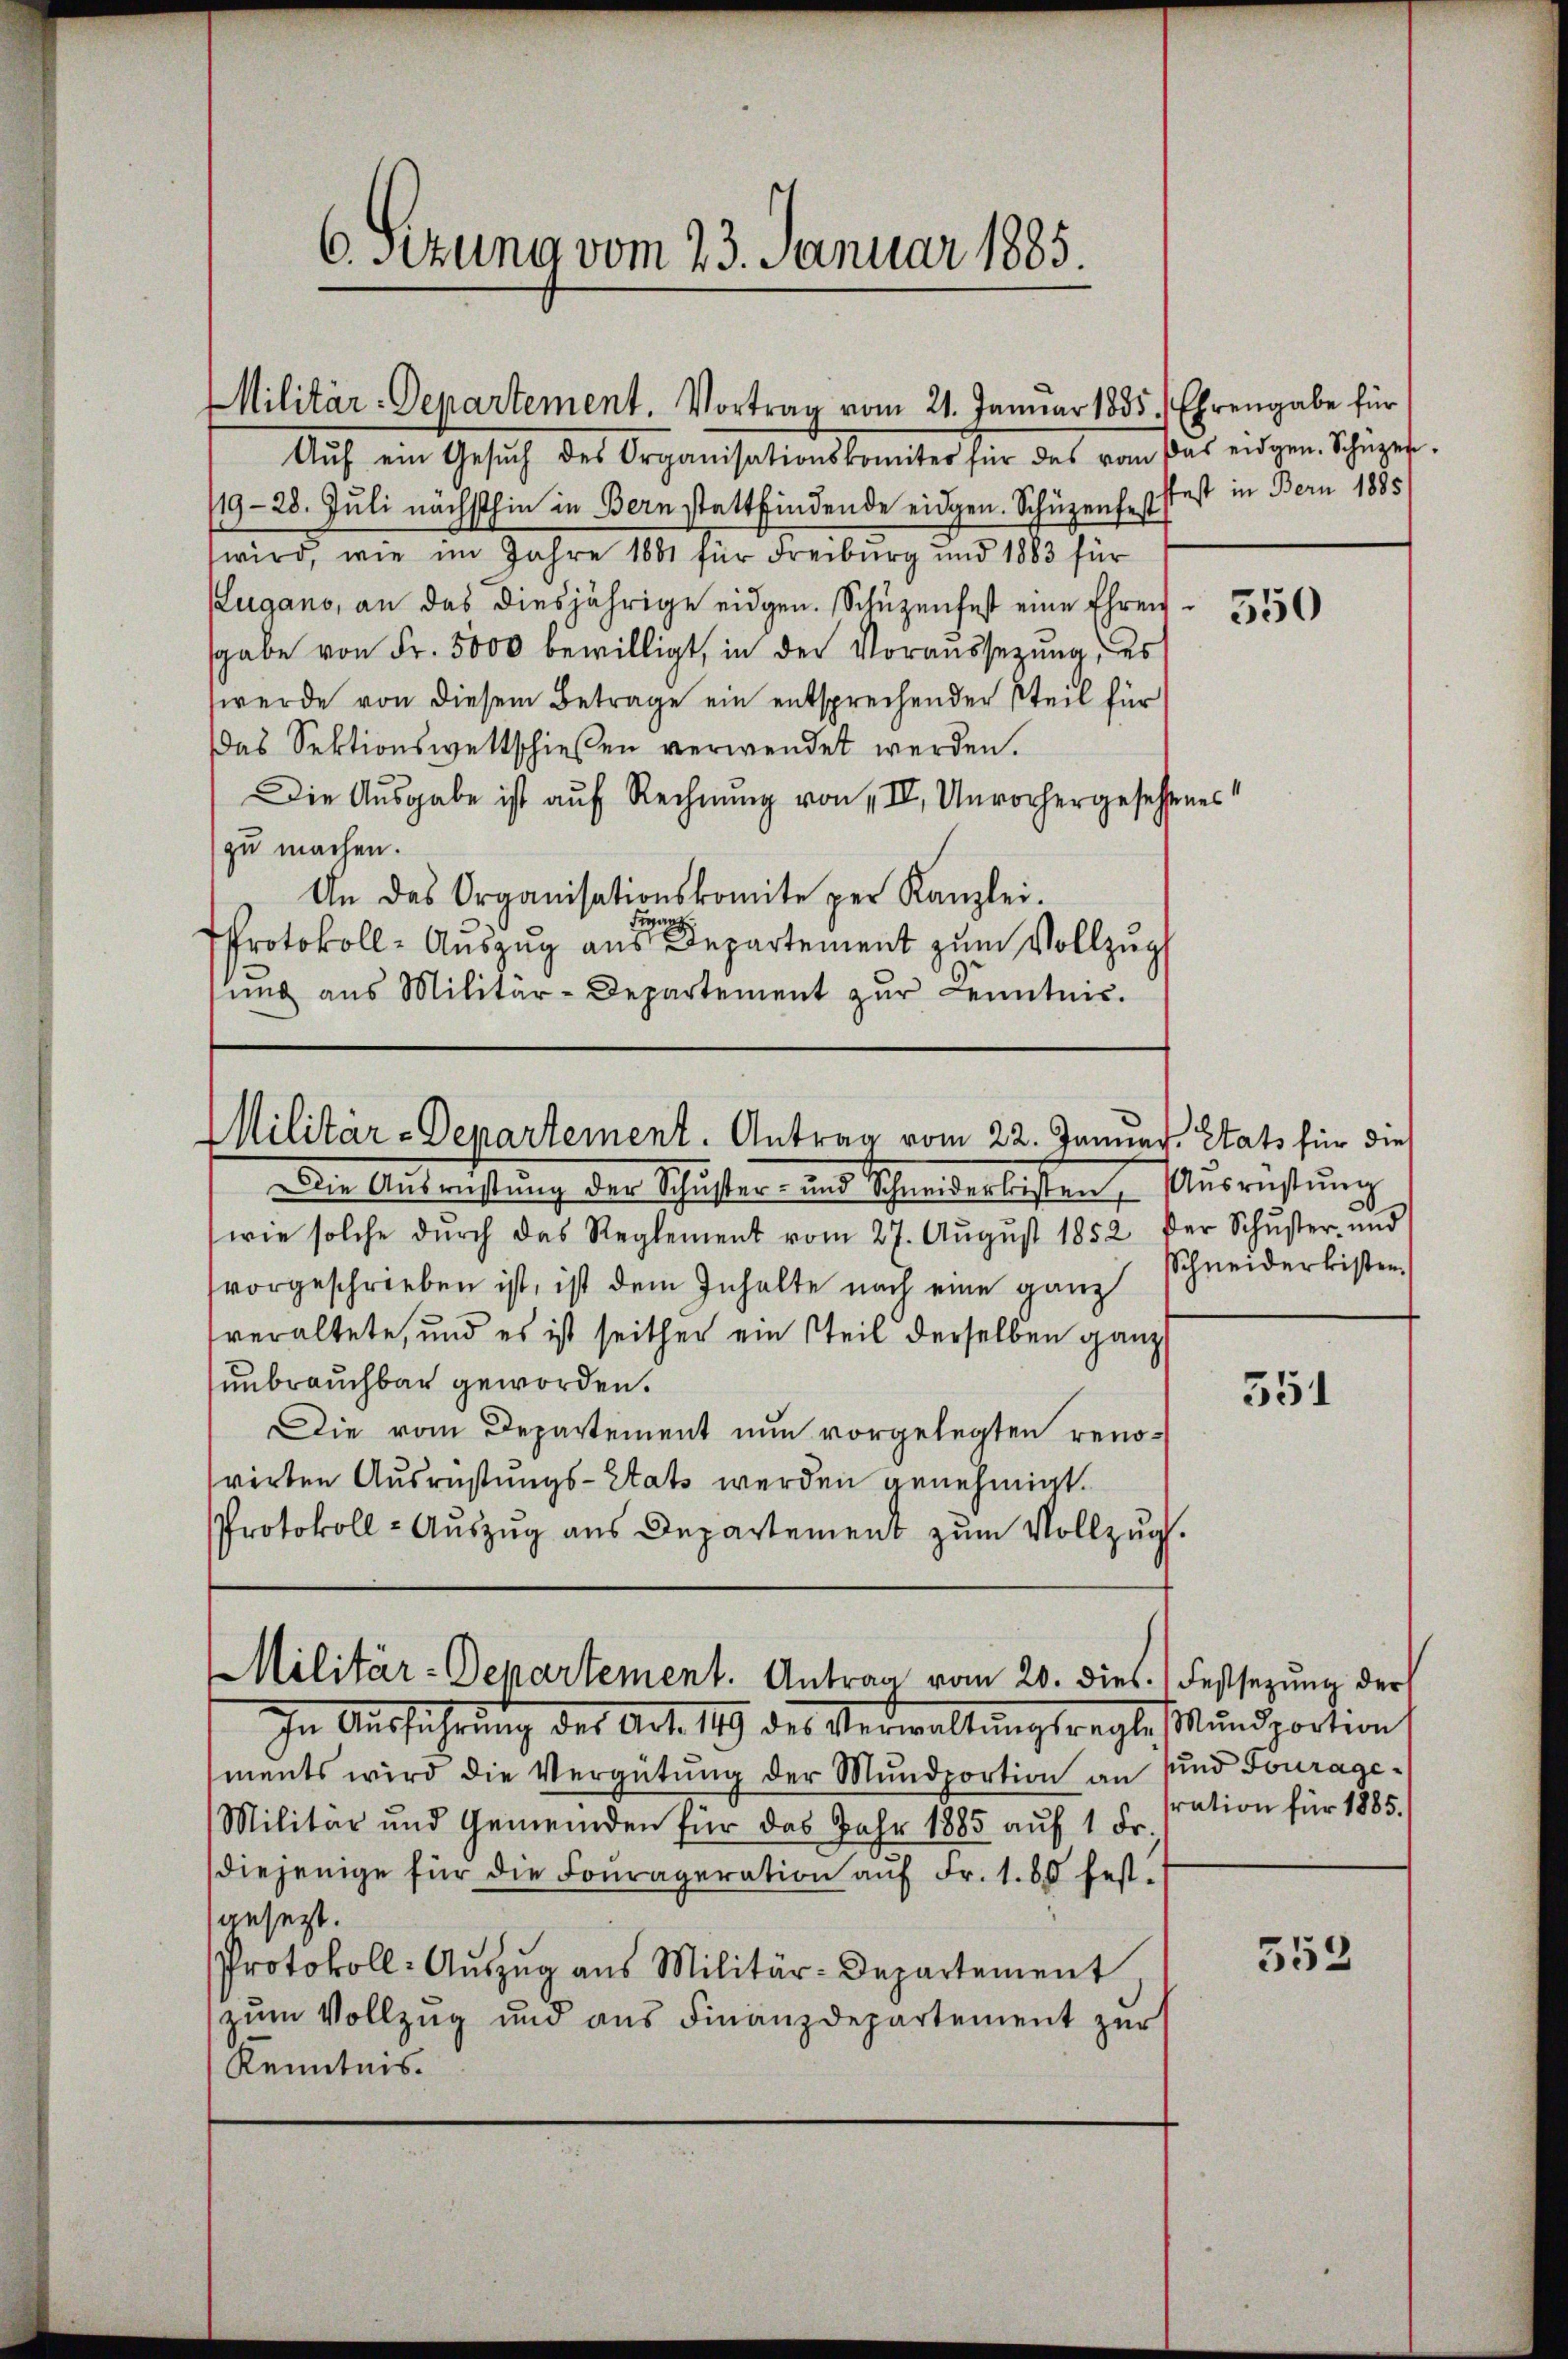
6. sezung vom 23. Januar 1885.

Militär-Departement. Vortrag vom 21. Januar 1835.) Ehrengabe für

Aŭf ein Gesŭch des Organisationskomiter für das vom das eidgen. Schüzen.
119-28. Juli nächsthin in Bern stattfindende eidgen. Schüzenfest
wird, wie im Jahre 1881 für Freiburg und 1883 für
Zugano, an das diesjährige eidgen. Schüzenfest eine Ehren 50
sgabe von Fr. 5000 bewilligt, in der Voraussezung, es
werde von diesem Betrage ein entsprechender Teil für
Das Sektionswettschießen verwendet werden.
Die Ausgabe ist auf Rechnung von „IV, Unvorhergesehenes
zu machen.
An das Organisationskomite per Kanzlei.
Franz
Protokoll- Auszug aus Departement zum Vollzug
sŭng ans Militär-Departement zŭr Kenntnis.

Militär-Departement. Antrag vom 22. Januar. Stats für die

Militär-Departement. Antrag vom 20. dies.) Festsezung der

fest in Bern 1885

Die Ausrichtung der Schuster- und Schneiderbessen, Ausrüstung
wie solche dŭrch das Reglement vom 27. Aŭgŭst 1852 der Schŭster und
vorgeschrieben ist, ist dem Inhalte nach eine ganz
veraltete, und es ist seither ein Teil derselben ganz
unbrauchbar geworden.
Die vom Departement nun vorgelegten renovirten Ausrüstungs-Stats werden genehmigt.
Protokoll- Auszug aus Departement zum Vollzug.

In Ausführung des Art. 119 des Verwaltungsregte Mundportion
ments wird die Vergütŭng der Mundportion an sind Fourage¬
Militar und Gemeinden für das Jahr 1885 auf 1 Fr.
diejenige für die Fourageration aŭf Fr. 1. 80 fest-
gesetzt.
Protokoll- Aŭszŭg aŭs Militär-Departement
zum Vollzug und aus Finanzdepartement zur
Kenntnis.

Schneiderkisten.

351

sration für 1885.

352